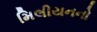
મિલીયનનો